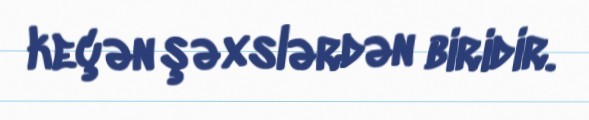
keçən şəxslərdən biridir.